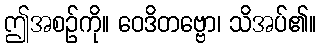
ဤအစဉ်ကို။ ဝေဒိတဗ္ဗော၊ သိအပ်၏။